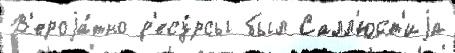
В'ероjа́тно р'есу́рсы был Салл'юст'иjа